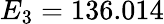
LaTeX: E_{3}=136.014